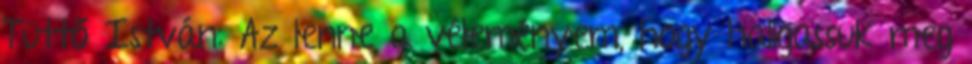
Tüttő István: Az lenne a véleményem, hogy hallgassuk meg